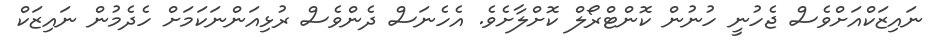
ނައިޒަކްއަށްވެސް ޖެހުނީ ހުނުން ކޮންޓްރޯލް ކޮށްލާށެވެ. އެހެނަސް ދެންވެސް ރުޅިއަންނަކަމަށް ހެދެމުން ނައިޒަކް